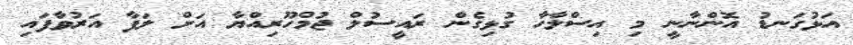
އަޅުގަނޑު އޮންނާނީ މި އިސްލާހާ ގުޅިގެން ރައީސުލް ޖުމްހޫރިއްޔާ އަށް ލަފާ އަރުވާފައި